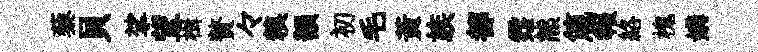
藜貝挲望楫贅々糗韻初毛黃族都霑熊箴報絡槐媾